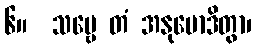
၆။  သဗ္ဗေ တံ အနုမောဒိတွာ၊